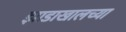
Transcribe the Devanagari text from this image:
झाडाखालच्या